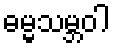
ဓမ္မသမ္ဘဝါ